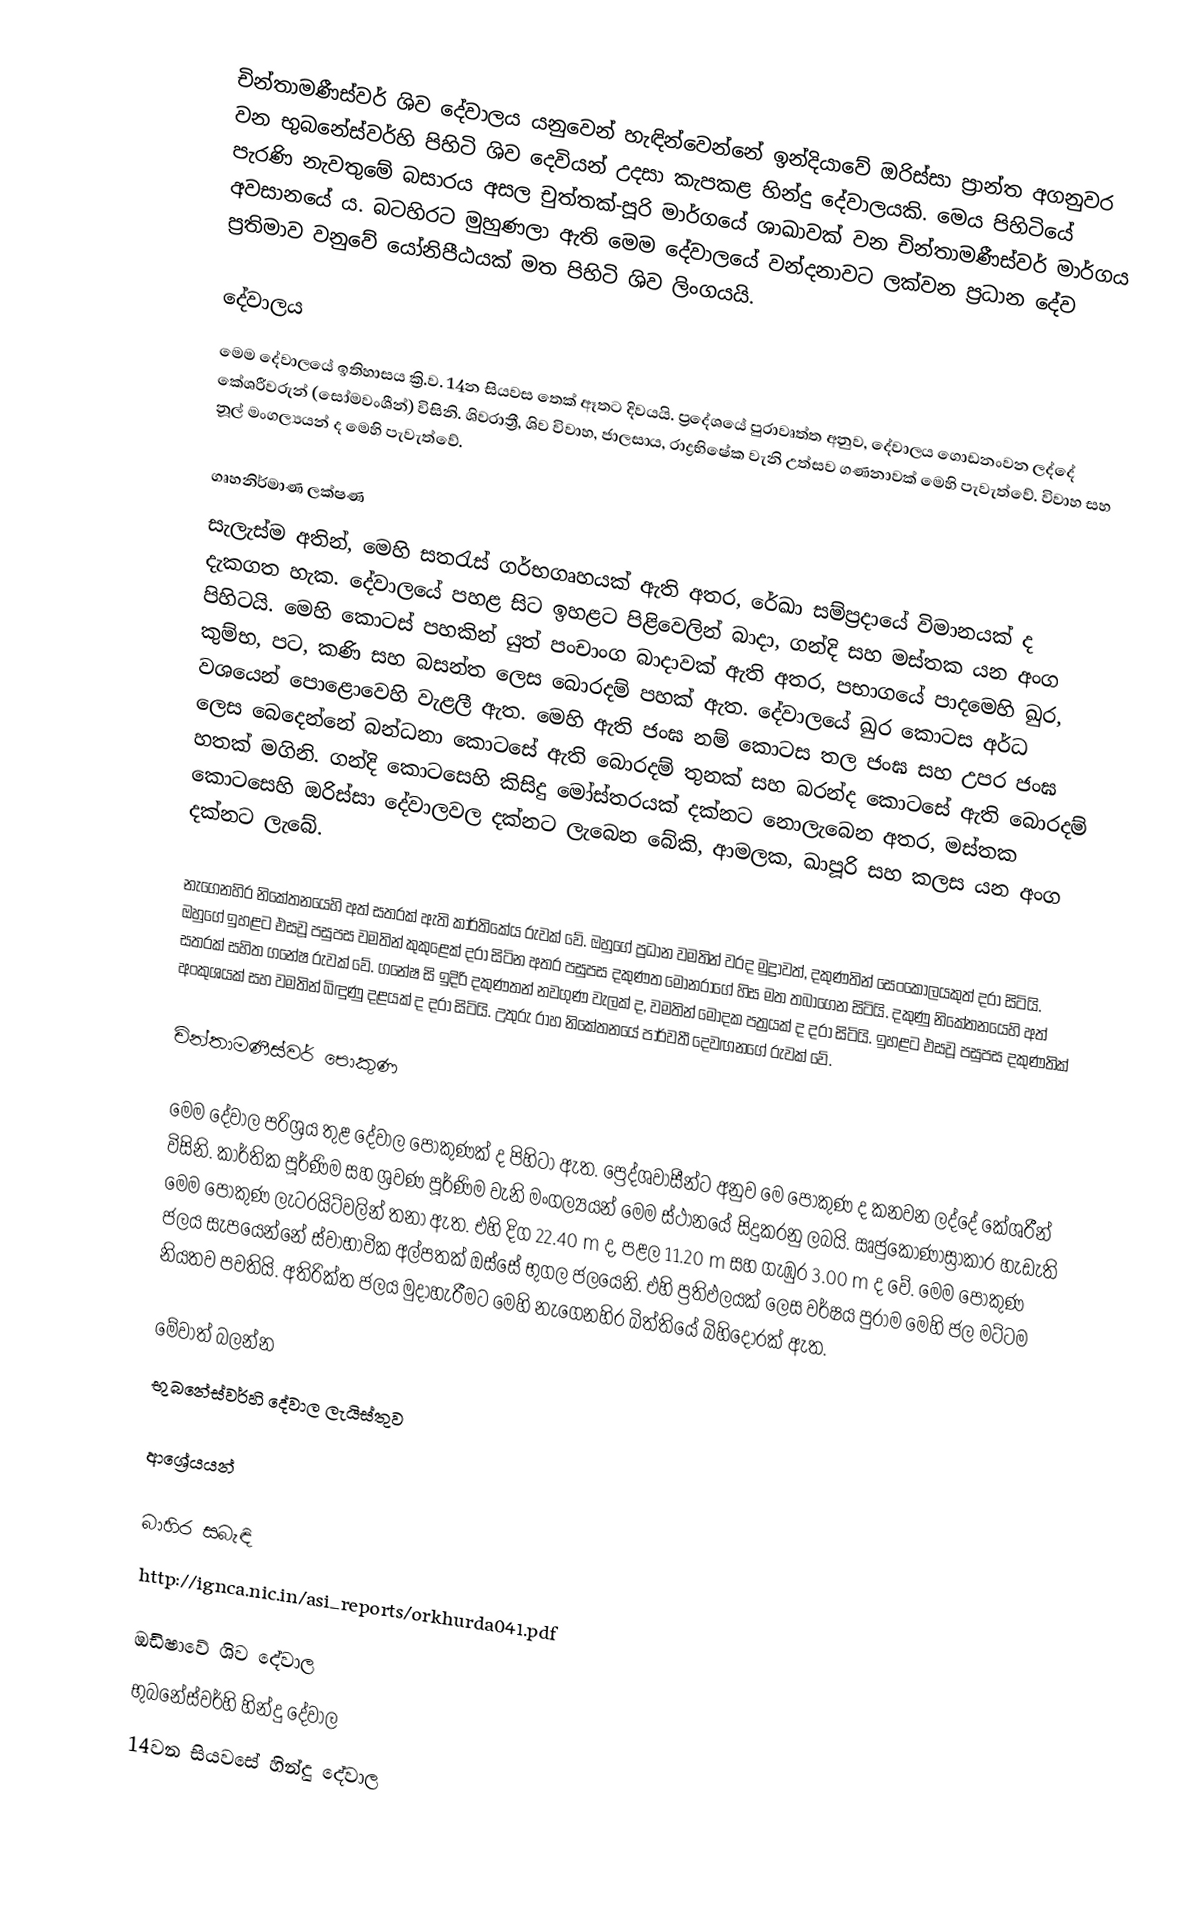
චින්තාමණීස්වර් ශිව දේවාලය යනුවෙන් හැඳින්වෙන්නේ ඉන්දියාවේ ඔරිස්සා ප්‍රාන්ත අගනුවර වන භුබනේස්වර්හි පිහිටි ශිව දෙවියන් උදසා කැපකළ හින්දු දේවාලයකි. මෙය පිහිටියේ පැරණි නැවතුමේ බසාරය අසල චුත්තක්-පූරි මාර්ගයේ ශාඛාවක් වන චින්තාමණීස්වර් මාර්ගය අවසානයේ ය. බටහිරට මුහුණලා ඇති මෙම දේවාලයේ වන්දනාවට ලක්වන ප්‍රධාන දේව ප්‍රතිමාව වනුවේ යෝනිපීඨයක් මත පිහිටි ශිව ලිංගයයි.

දේවාලය
මෙම දේවාලයේ ඉතිහාසය ක්‍රි.ව. 14න සියවස තෙක් ඈතට දිවයයි. ප්‍රදේශයේ පුරාවෘත්ත අනුව, දේවාලය ගොඩනංවන ලද්දේ කේශරීවරුන් (සෝමවංශීන්) විසිනි. ශිවරාත්‍රී, ශිව විවාහ, ජාලසාය, රාද්‍රභිෂේක වැනි උත්සව ගණනාවක් මෙහි පැවැත්වේ. විවාහ සහ නූල් මංගල්‍යයන් ද මෙහි පැවැත්වේ.

ගෘහනිර්මාණ ලක්ෂණ
සැලැස්ම අතින්, මෙහි සතරැස් ගර්භගෘහයක් ඇති අතර, රේඛා සම්ප්‍රදායේ විමානයක් ද දැකගත හැක. දේවාලයේ පහළ සිට ඉහළට පිළිවෙලින් බාදා, ගන්දි සහ මස්තක යන අංග පිහිටයි. මෙහි කොටස් පහකින් යුත් පංචාංග බාදාවක් ඇති අතර, පභාගයේ පාදමෙහි ඛුර, කුම්භ, පට, කණි සහ බසන්ත ලෙස බොරදම් පහක් ඇත. දේවාලයේ ඛුර කොටස අර්ධ වශයෙන් පොළොවෙහි වැළලී ඇත. මෙහි ඇති ජංඝ නම් කොටස තල ජංඝ සහ උපර ජංඝ ලෙස බෙදෙන්නේ බන්ධනා කොටසේ ඇති බොරදම් තුනක් සහ බරන්ද කොටසේ ඇති බොරදම් හතක් මගිනි. ගන්දි කොටසෙහි කිසිදු මෝස්තරයක් දක්නට නොලැබෙන අතර, මස්තක කොටසෙහි ඔරිස්සා දේවාලවල දක්නට ලැබෙන බේකි, ආමලක, ඛාපූරි සහ කලස යන අංග දක්නට ලැබේ.

නැගෙනහිර නිකේතනයෙහි අත් සතරක් ඇති කාර්තිකේය රුවක් වේ. ඔහුගේ ප්‍රධාන වමතින් වරද මුද්‍රාවත්, දකුණතින් සෙංකෝලයකුත් දරා සිටියි. ඔහුගේ ඉහළට එසවූ පසුපස වමතින් කුකුළෙක් දරා සිටින අතර පසුපස දකුණත මොනරාගේ හිස මත තබාගෙන සිටියි. දකුණු නිකේතනයෙහි අත් සතරක් සහිත ගනේෂ රුවක් වේ. ගනේෂ සි ඉදිරි දකුණතන් නවගුණ වැලක් ද, වමතින් මෝදක පත්‍රයක් ද දරා සිටියි. ඉහළට එසවූ පසුපස දකුණතික් අංකුශයක් සහ වමතින් බිඳුණු දළයක් ද දරා සිටියි. උතුරු රාහ නිකේතනයේ පාර්වතී දෙවඟනගේ රුවක් වේ.

චින්තාමණීස්වර් පොකුණ

මෙම දේවාල පරිශ්‍රය තුළ දේවාල පොකුණක් ද පිහිටා ඇත. ප්‍රෙද්ශවාසීන්ට අනුව මෙ පොකුණ ද කනවන ලද්දේ කේශරීන් විසිනි. කාර්තික පූර්ණිම සහ ශ්‍රවණ පූර්ණිම වැනි මංගල්‍යයන් මෙම ස්ථානයේ සිදුකරනු ලබයි. ඍජුකෝණාස්‍රාකාර හැඩැති මෙම පොකුණ ලැටරයිට්වලින් තනා ඇත. එහි දිග 22.40 m ද, පළල 11.20 m සහ ගැඹුර 3.00 m ද වේ. මෙම පොකුණ ජලය සැපයෙන්නේ ස්වාභාවික අල්පතක් ඔස්සේ භුගල ජලයෙනි. එහි ප්‍රතිඵලයක් ලෙස වර්ෂය පුරාම මෙහි ජල මට්ටම නියතව පවතියි. අතිරික්ත ජලය මුදාහැරීමට මෙහි නැගෙනහිර බිත්තියේ බිහිදොරක් ඇත.

මේවාත් බලන්න
 භුබනේස්වර්හි දේවාල ලැයිස්තුව

ආශ්‍රේයයන්

බාහිර සබැඳි
http://ignca.nic.in/asi_reports/orkhurda041.pdf

ඔඩිෂාවේ ශිව දේවාල
භුබනේස්වර්හි හින්දු දේවාල
14වන සියවසේ හින්දු දේවාල